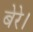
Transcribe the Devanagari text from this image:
बेरे।